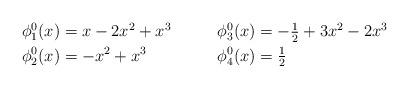
LaTeX: \begin{align*} \begin{aligned} \phi^0_1(x) &= x-2x^2+x^3 \qquad& \phi^0_3(x) &= -\tfrac{1}{2}+3x^2-2x^3\\ \phi^0_2(x) &= -x^2+x^3 & \phi^0_4(x) &= \tfrac12 \end{aligned} \end{align*}